Problem: 49 + 7 = ?
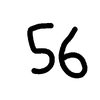
Handwritten answer: 56